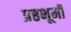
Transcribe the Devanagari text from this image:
प्रष्ठभूमी